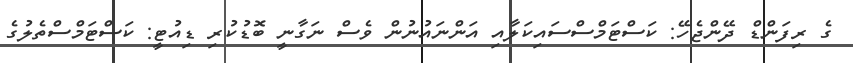
ގެ ރިފަންޑް ދޭންޖެހޭ: ކަސްޓަމްސްސައިކަލާއި އަންނައުނުން ވެސް ނަގާނީ ބޮޑުކުރި ޑިއުޓީ: ކަސްޓަމްސްތެލުގެ